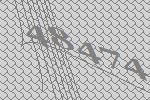
48474